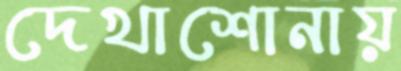
দেখাশোনায়